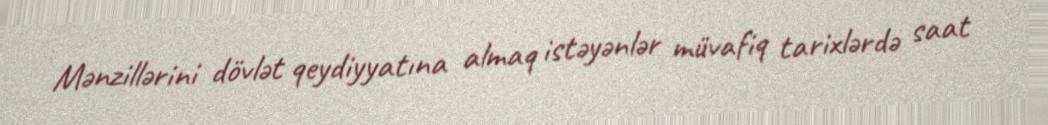
Mənzillərini dövlət qeydiyyatına almaq istəyənlər müvafiq tarixlərdə saat